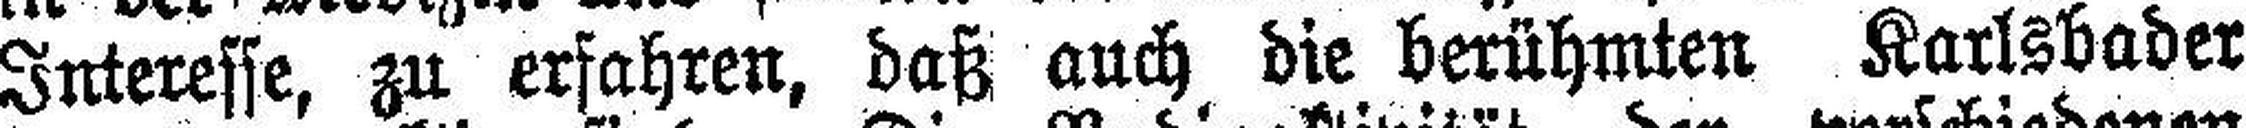
Interesse, zu erfahren, daß auch die berühmten Karlsbader